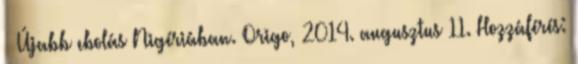
↑ Újabb ebolás Nigériában. Origo, 2014. augusztus 11. Hozzáférés: